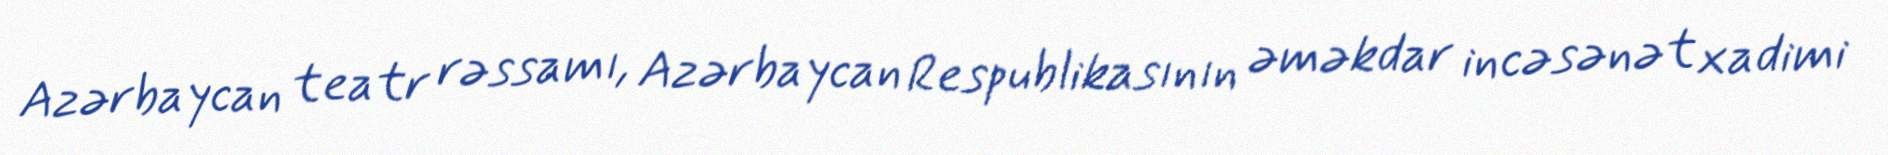
Azərbaycan teatr rəssamı, Azərbaycan Respublikasının əməkdar incəsənət xadimi